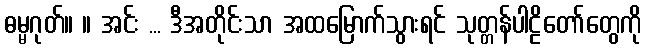
ဓမ္မဂုတ်။ ။ အင်း ... ဒီအတိုင်းသာ အထမြောက်သွားရင် သုတ္တန်ပါဠိတော်တွေကို